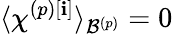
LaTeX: \langle\chi^{\left(p\right)\left[\mathbf{i}\right]}\rangle_{\mathcal{{B}}^{\left(p\right)}}=0